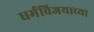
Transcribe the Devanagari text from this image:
धर्मविजयाच्या